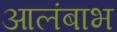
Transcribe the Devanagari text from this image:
आलंबाभ